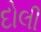
દોલી